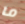
ما